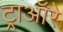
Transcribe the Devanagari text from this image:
ट्राऑरे